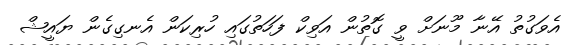
އެވަގުތު އޭނާ މޫނަށް ވީ ގޮތުން އަވިކް ފަހަތުގައި ހުރިކަން އެނގިގެން ޔައީޝް